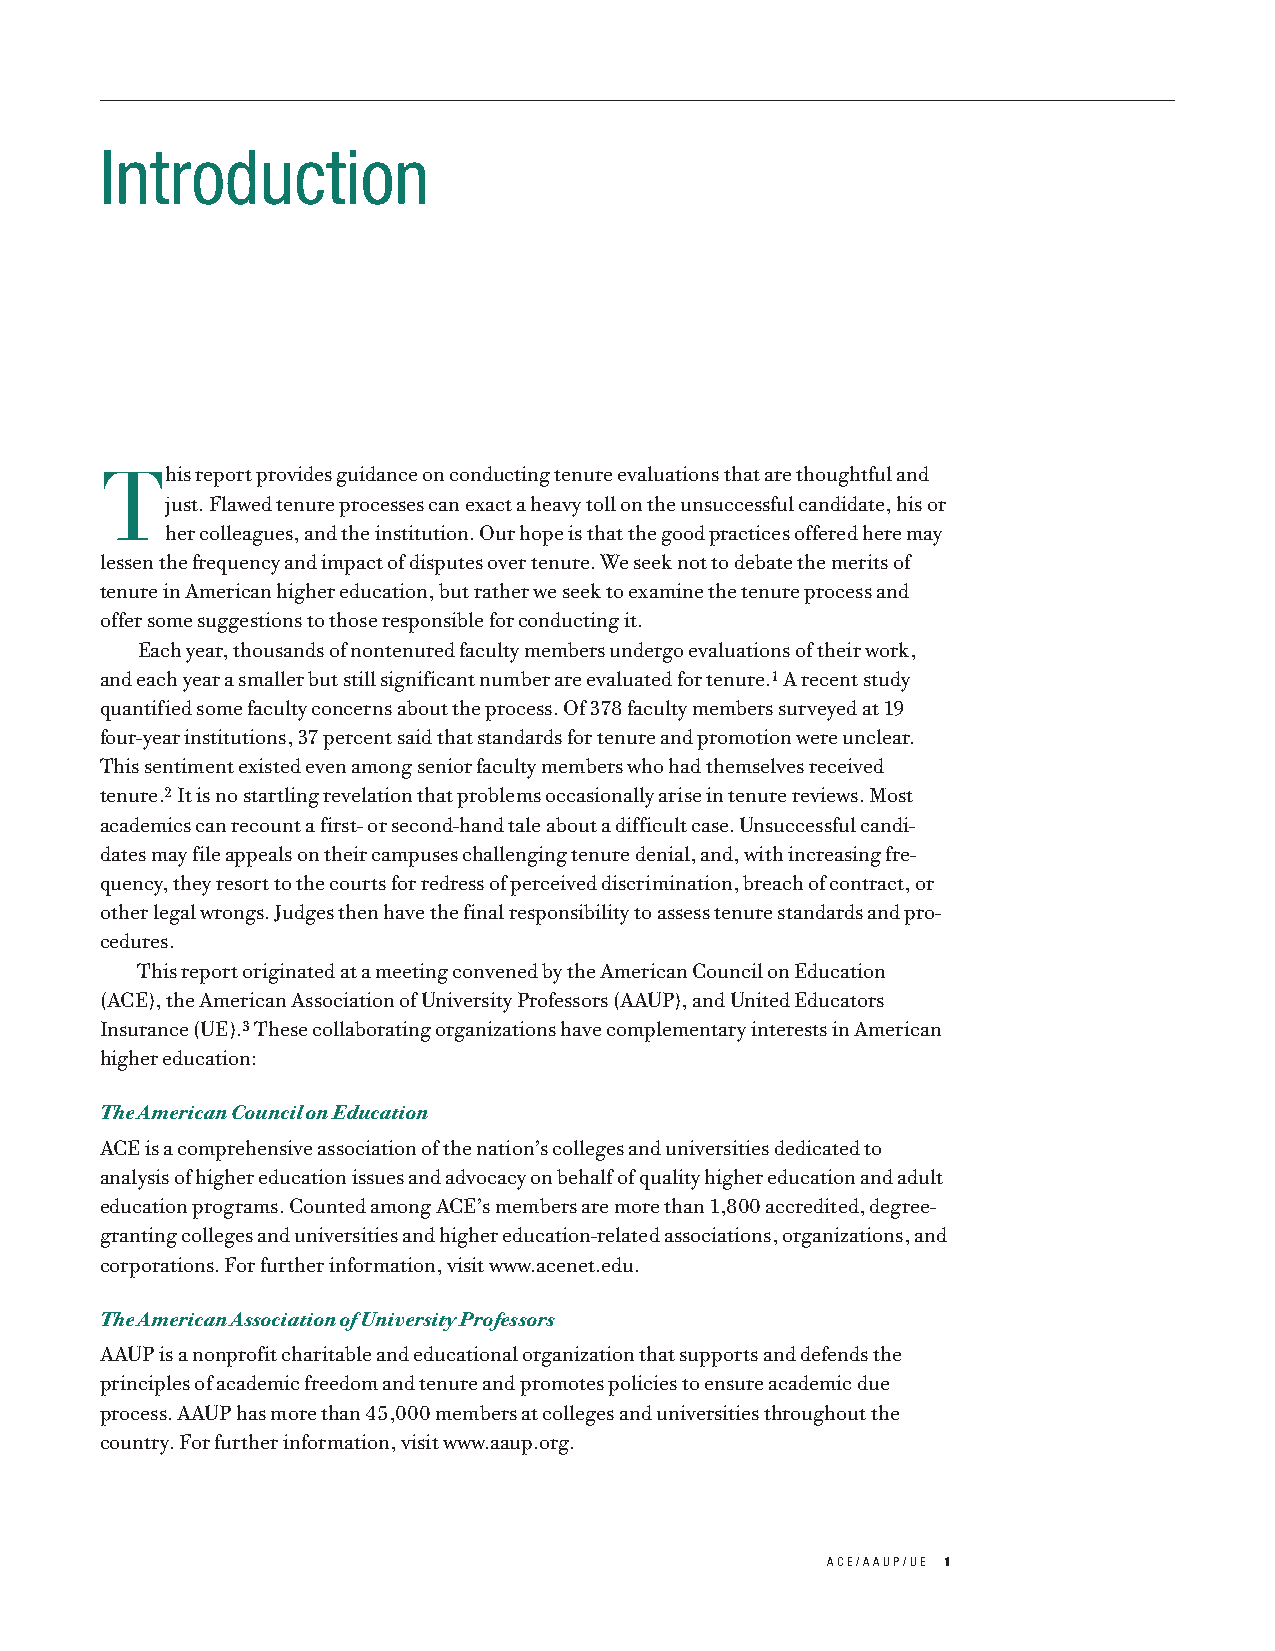
Introduction
 This  report provides guidance on conducting tenure evaluations that are thoughtful and
 just. Flawed tenure processes can exact a heavy toll on the unsuccessful candidate, his or
 her colleagues, and the institution. Our hope is that the good practices offered here may
 lessen the frequency and impact of disputes over tenure. We seek not to debate the merits of
 tenure in American higher education, but rather we seek to examine the tenure process and
 offer some suggestions to those responsible for conducting it.
 Each year, thousands of nontenured faculty members undergo evaluations of their work,
 and each year a smaller but still significant number are evaluated for tenure.1A recent study
 quantified some faculty concerns about the process. Of 378 faculty members surveyed at 19
 four-year institutions, 37 percent said that standards for tenure and promotion were unclear.
 This sentiment existed even among senior faculty members who had themselves received
 tenure.2It is no startling revelation that problems occasionally arise in tenure reviews. Most
 academics can recount a first- or second-hand tale about a difficult case. Unsuccessful candi-
 dates may file appeals on their campuses challenging tenure denial, and, with increasing fre-
 quency, they resort to the courts for redress of perceived discrimination, breach of contract, or
 other legal wrongs. Judges then have the final responsibility to assess tenure standards and pro-
 cedures.
 This report originated at a meeting convened by the American Council on Education
 (ACE), the American Association of University Professors (AAUP), and United Educators
 Insurance (UE).3These collaborating organizations have complementary interests in American
 higher education:
 The American Council on Education
 ACE is a comprehensive association of the nation’s colleges and universities dedicated to
 analysis of higher education issues and advocacy on behalf of quality higher education and adult
 education programs. Counted among ACE’s members are more than 1,800 accredited, degree-
 granting colleges and universities and higher education-related associations, organizations, and
 corporations. For further information, visit www.acenet.edu.
 The American Association of University Professors
 AAUP is a nonprofit charitable and educational organization that supports and defends the
 principles of academic freedom and tenure and promotes policies to ensure academic due
 process. AAUP has more than 45,000 members at colleges and universities throughout the
 country. For further information, visit www.aaup.org.
 ACE/AAUP/UE 1